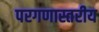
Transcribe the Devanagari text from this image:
परगणास्तरीय